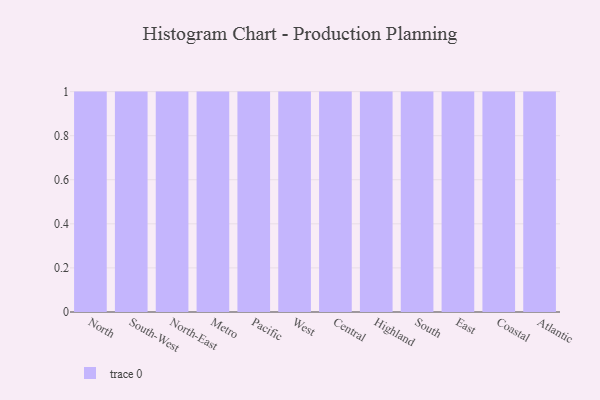
{"axis": {"x": "Region", "y": "Temperature (°C)"}, "legend": [""], "data": [{"x": "North", "y": 30, "type": ""}, {"x": "South-West", "y": 27, "type": ""}, {"x": "North-East", "y": 77, "type": ""}, {"x": "Metro", "y": 96, "type": ""}, {"x": "Pacific", "y": 75, "type": ""}, {"x": "West", "y": 19, "type": ""}, {"x": "Central", "y": 14, "type": ""}, {"x": "Highland", "y": 2, "type": ""}, {"x": "South", "y": 58, "type": ""}, {"x": "East", "y": 3, "type": ""}, {"x": "Coastal", "y": 19, "type": ""}, {"x": "Atlantic", "y": 79, "type": ""}]}